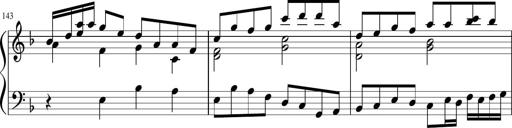
Title: Sonatina in F major
Composer: Ethan Ngo
Key: F major